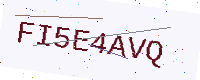
Text: FI5E4AVQ